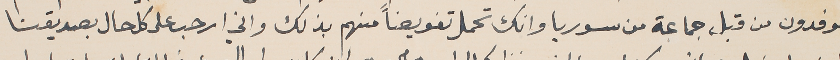
موفدون من قبل جماعة من سوريا وانك تحمل تفويضاً منهم بذلك واني ارحب على كل حال بصديقنا